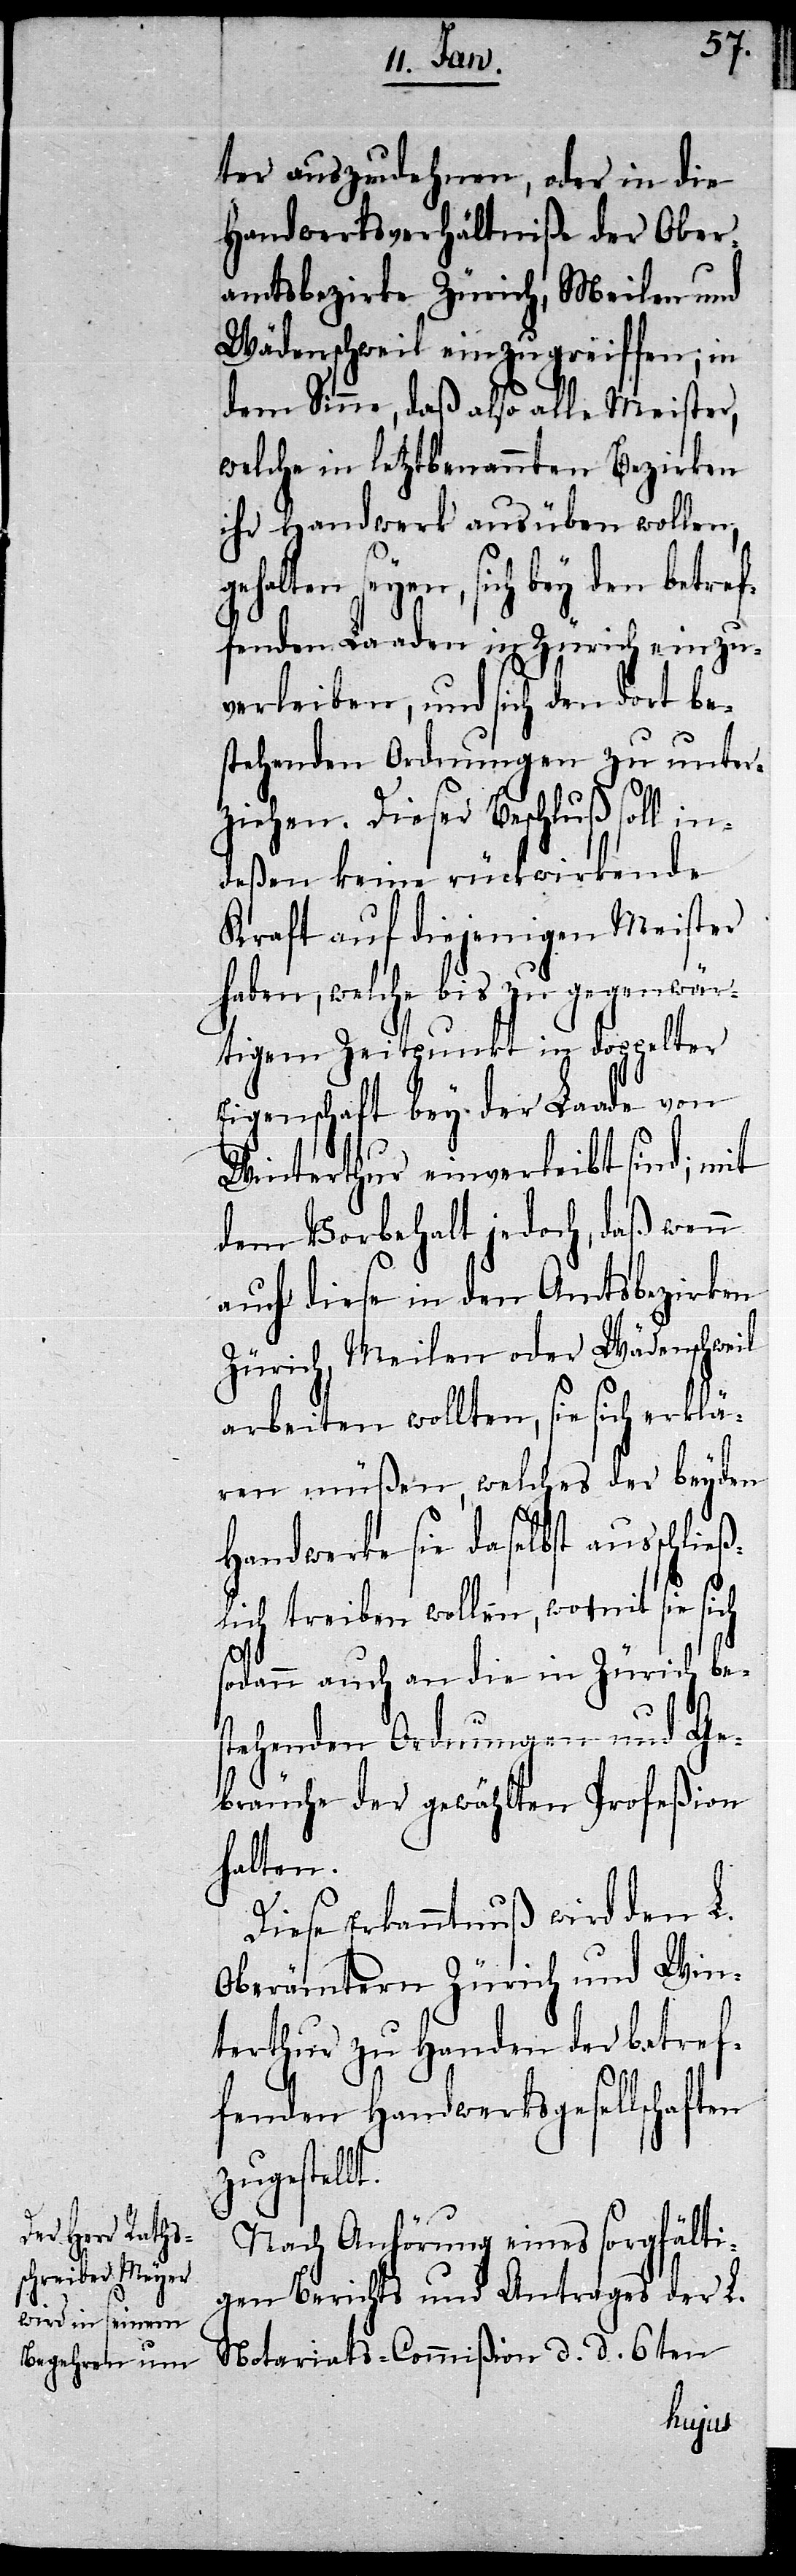
ter auszudehnen, oder in die
Handwerksverhältniße der Ober¬
amtsbezirke Zürich, Meilen und
Wädenschweil einzugreif¬
en
dem Sinne, daß also alle Meister,
welche in letztbenannten Bezirken
ihr Handwerk ausüben wollen,
halten seyen, sich bey den betref¬
fenden Laaden in Zürich einzu¬
verleiben, und sich den dort be¬
stehenden Ordnungen zu unter¬
ziehen. Dieser Beschluß soll in¬
deßen keine rückwirkende
Kraft auf diejenigen Meister
haben, welche bis zu gegenwär¬
tigem Zeitpunkt in doppelter
Eigenschaft bey der Laade von
Winterthur einverleibt sind; mit
dem Vorbehalt jedoch, daß wenn
zirken
auch diese in den Amt¬
Wädenschweil
Zürich, Meilen oder
arbeiten wollten, sie sich erklä¬
beyden
ren müßen, welches
Handwerke sie daselbst ausschli¬
eßlich treiben wollen, womit sie sich
sodann auch an die in Zürich be¬
stehenden Ordnungen und Ge¬
bräuche der gewählten Profeßion
halten.
Diese Erkanntnuß wird den L.
Oberämtern Zürich und Win¬
terthur zu Handen der betref¬
fenden Handwerksgesellschaft¬
zugestellt.
Nach Anhörung eines sorgfälti¬
gen Berichts und Antrages der L.
Notariats-Commißion d. d. 6ten